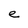
Character: e